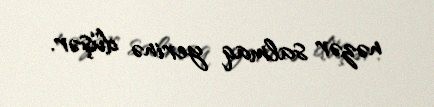
nəzər salmaq yerinə düşər.